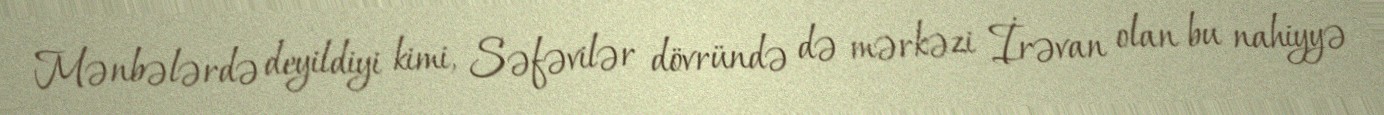
Mənbələrdə deyildiyi kimi, Səfəvilər dövründə də mərkəzi İrəvan olan bu nahiyyə